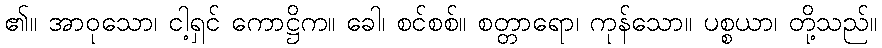
၏။ အာဝုသော၊ ငါ့ရှင် ကောဋ္ဌိက။ ခေါ၊ စင်စစ်။ စတ္တာရော၊ ကုန်သော။ ပစ္စယာ၊ တို့သည်။